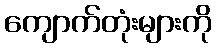
ကျောက်တုံးများကို